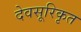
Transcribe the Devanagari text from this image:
देवसूरिकृत